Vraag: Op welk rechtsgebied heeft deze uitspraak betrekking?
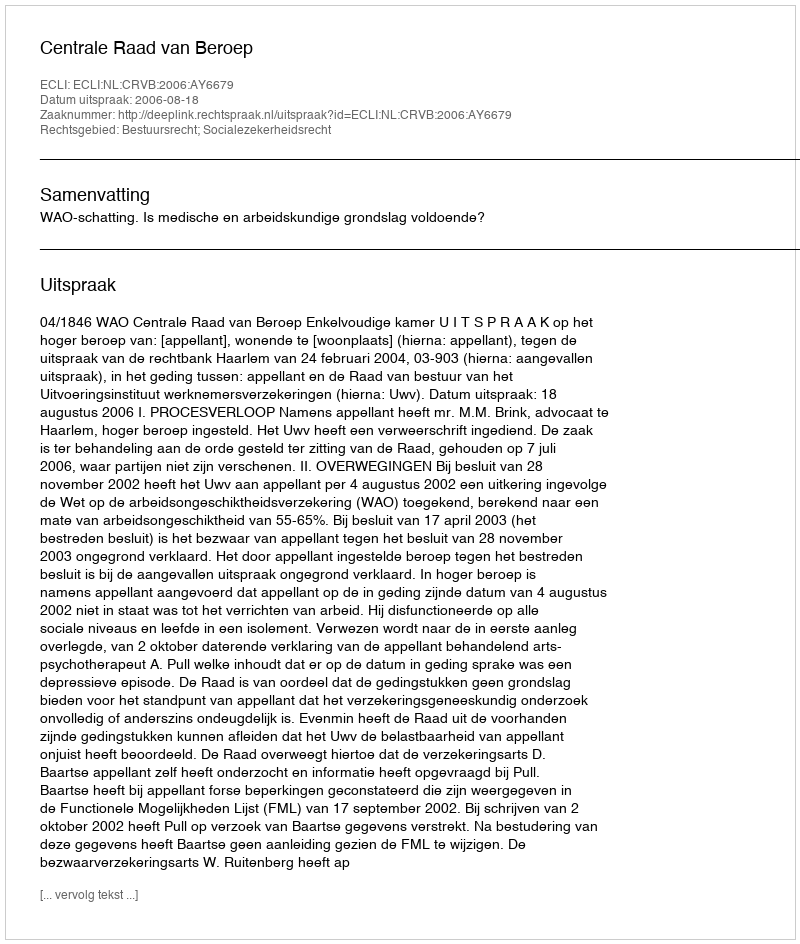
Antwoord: Bestuursrecht; Socialezekerheidsrecht